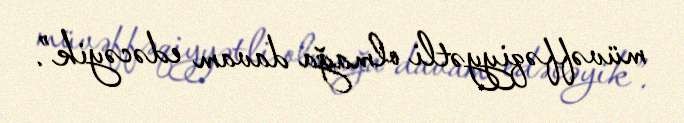
müvəffəqiyyətli olmağa davam edəcəyik”.